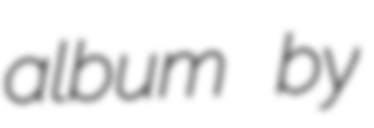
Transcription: album by